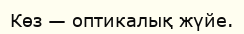
Көз — оптикалық жүйе.